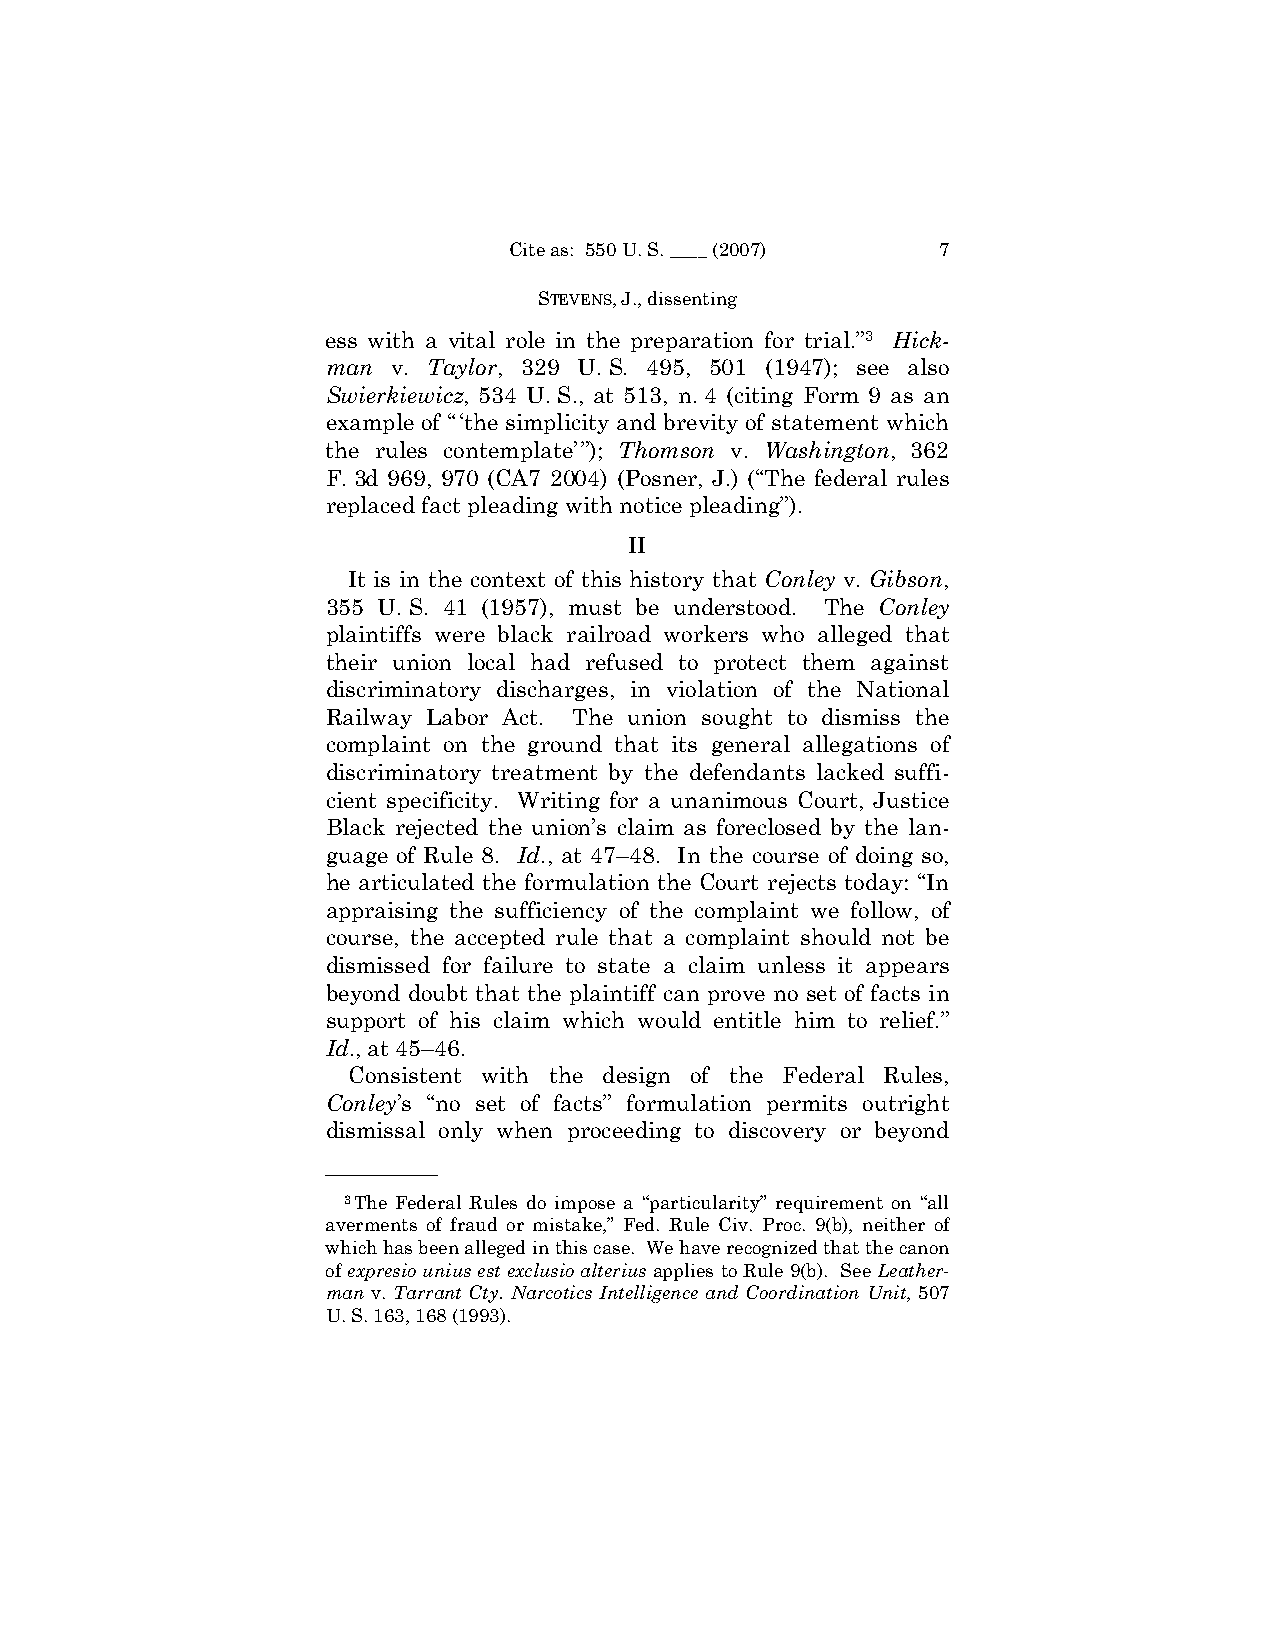
Cite as: 550 U. S. ____ (2007) 7
 STEVENS, J., dissenting
 ess with a vital role in the preparation for trial.”3 Hick-
 man v. Taylor, 329 U. S. 495, 501 (1947); see also
 Swierkiewicz, 534 U. S., at 513, n. 4 (citing Form 9 as an
 example of “‘the simplicity and brevity of statement which
 the rules contemplate’”); Thomson v. Washington, 362
 F. 3d 969, 970 (CA7 2004) (Posner, J.) (“The federal rules
 replaced fact pleading with notice pleading”).
 II
 It is in the context of this history that Conley v. Gibson,
 355 U. S. 41 (1957), must be understood. The Conley
 plaintiffs were black railroad workers who alleged that
 their union local had refused to protect them against
 discriminatory discharges, in violation of the National
 Railway Labor Act. The union sought to dismiss the
 complaint on the ground that its general allegations of
 discriminatory treatment by the defendants lacked suffi-
 cient specificity. Writing for a unanimous Court, Justice
 Black rejected the union’s claim as foreclosed by the lan-
 guage of Rule 8. Id., at 47–48. In the course of doing so,
 he articulated the formulation the Court rejects today: “In
 appraising the sufficiency of the complaint we follow, of
 course, the accepted rule that a complaint should not be
 dismissed for failure to state a claim unless it appears
 beyond doubt that the plaintiff can prove no set of facts in
 support of his claim which would entitle him to relief.”
 Id., at 45–46.
 Consistent with the design of the Federal Rules,
 Conley’s “no set of facts” formulation permits outright
 dismissal only when proceeding to discovery or beyond
 ——————
 3The Federal Rules do impose a “particularity” requirement on “all
 averments of fraud or mistake,” Fed. Rule Civ. Proc. 9(b), neither of
 which has been alleged in this case. We have recognized that the canon
 of expresio unius est exclusio alterius applies to Rule 9(b). See Leather-
 man v. Tarrant Cty. Narcotics Intelligence and Coordination Unit, 507
 U. S. 163, 168 (1993).